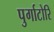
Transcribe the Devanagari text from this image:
पुर्गाटोरि